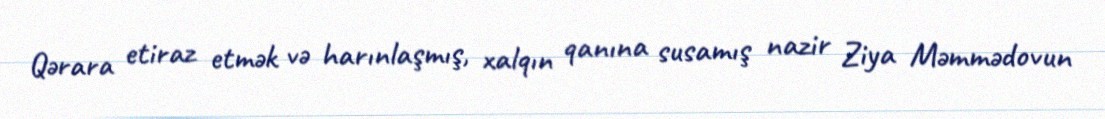
Qərara etiraz etmək və harınlaşmış, xalqın qanına susamış nazir Ziya Məmmədovun